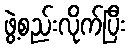
ဖွဲ့စည်းလိုက်ပြီး